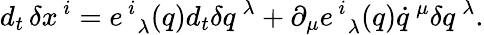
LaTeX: {d_{t}}\, \delta x^{\, i}=e_{\, \, \, \lambda}^{\, i}(q)d_{t}\delta q^{\, \lambda}+\partial_{\mu}e_{\, \, \, \lambda}^{\, i}(q)\dot{q}^{\, \mu}\delta q^{\, \lambda}.